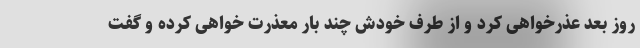
روز بعد عذرخواهی کرد و از طرف خودش چند بار معذرت خواهی کرده و گفت